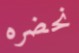
نحضره